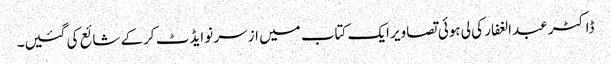
ڈاکٹر عبدالغفار کی لی ہوئی تصاویر ایک کتاب میں ازسر نو ایڈٹ کرکے شائع کی گئیں۔